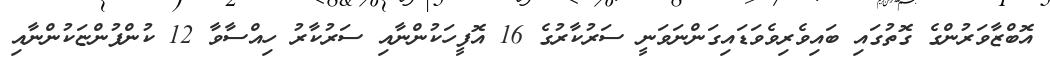
އޮބްޒާވަރުންގެ ގޮތުގައި ބައިވެރިވެވަޑައިގަންނަވަނީ ސަރުކާރުގެ 16 އޮފީހަކުންނާއި ސަރުކާރު ހިއްސާވާ 12 ކުންފުންޏަކުންނާއި